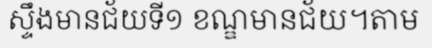
ស្ទឹងមានជ័យទី១ ខណ្ឌមានជ័យ។តាម